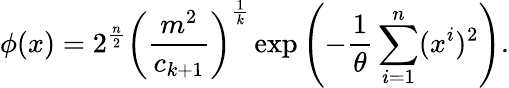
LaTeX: \phi(x)=2^{\frac{n}{2}}\left(\frac{m^{2}}{c_{k+1}}\right)^{\frac{1}{k}}\exp{\left(-\frac{1}{\theta}\sum_{i=1}^{n}(x^{i})^{2}\right)}.